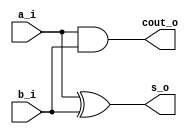
// This program was cloned from: https://github.com/mbaykenar/digital-logic-design
// License: Apache License 2.0

`timescale 1ns / 1ps
//////////////////////////////////////////////////////////////////////////////////
// Company: 
// Engineer: 
// 
// Design Name: 
// Module Name: half_adder_assign
// Project Name: 
// Target Devices: 
// Tool Versions: 
// Description: 
// 
// Dependencies: 
// 
// Revision:
// Revision 0.01 - File Created
// Additional Comments:
// 
//////////////////////////////////////////////////////////////////////////////////


module half_adder_assign
(
input a_i,
input b_i,
output s_o,
output cout_o
);

// xor G1 (s_o,a_i,b_i);
// and G2 (cout_o,a_i,b_i);

assign s_o      = a_i ^ b_i; 
assign cout_o   = a_i & b_i; 

endmodule